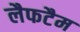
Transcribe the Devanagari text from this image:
लैफटैम